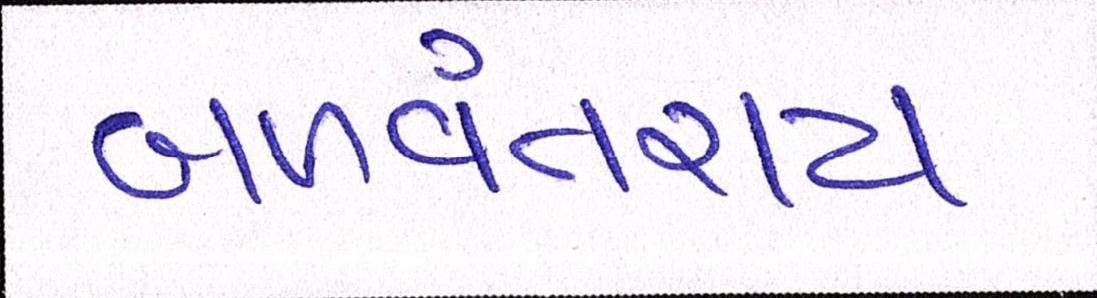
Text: બળવંતરાય